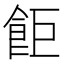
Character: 𫗎